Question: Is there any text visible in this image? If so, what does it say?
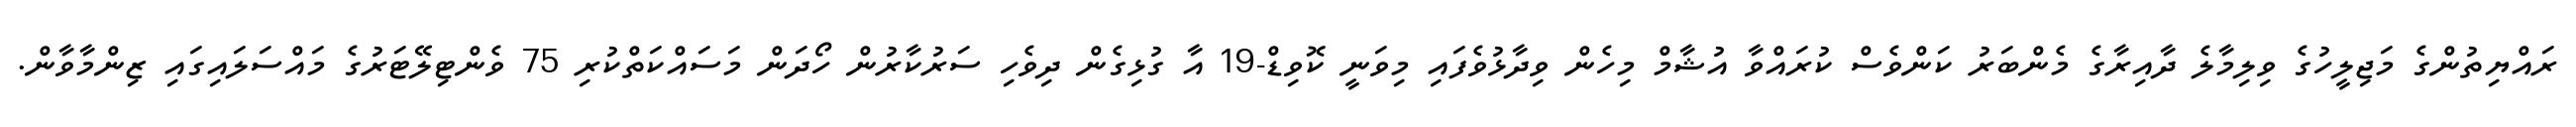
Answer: ރައްޔިތުންގެ މަޖިލީހުގެ ވިލިމާލެ ދާއިރާގެ މެންބަރު ކަންވެސް ކުރައްވާ އުޝާމް މިހެން ވިދާޅުވެފައި މިވަނީ ކޮވިޑް-19 އާ ގުޅިގެން ދިވެހި ސަރުކާރުން ހޯދަން މަސައްކަތްކުރި 75 ވެންޓިލޭޓަރުގެ މައްސަލައިގައި ޒިންމާވާން.